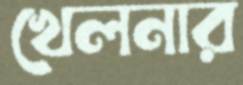
খেলনার